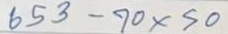
618 - 70 x 50